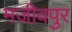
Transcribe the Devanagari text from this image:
मजीवपुर